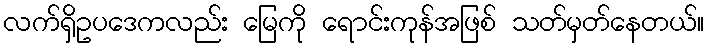
လက်ရှိဥပဒေကလည်း မြေကို ရောင်းကုန်အဖြစ် သတ်မှတ်နေတယ်။